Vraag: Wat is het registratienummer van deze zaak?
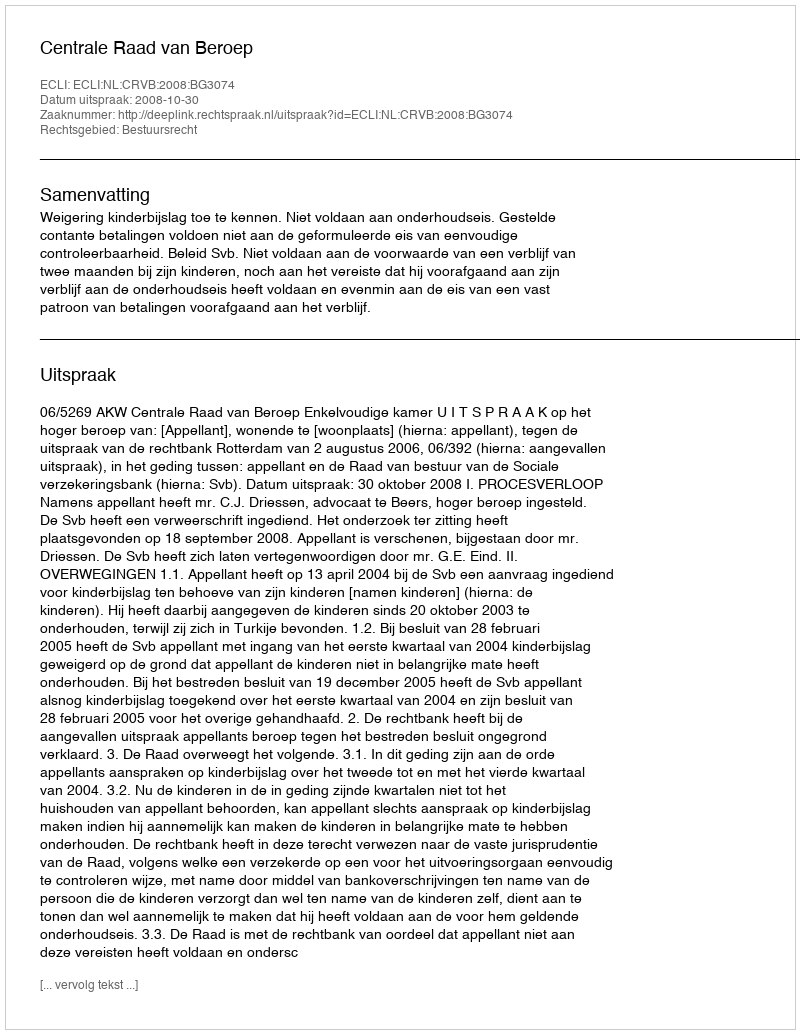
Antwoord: http://deeplink.rechtspraak.nl/uitspraak?id=ECLI:NL:CRVB:2008:BG3074